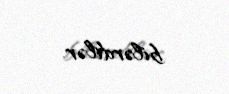
bilərdilər.